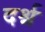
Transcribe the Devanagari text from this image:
दर्श्न